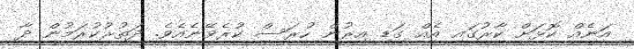
އަނެއް ކޮޅަށް ކާރުގައި އެއް ގަޑި އިރުން ހުރަސް ކުރެވޭނެއެވެ. ދަތުރުކުރަމުން ދާ